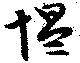
慍